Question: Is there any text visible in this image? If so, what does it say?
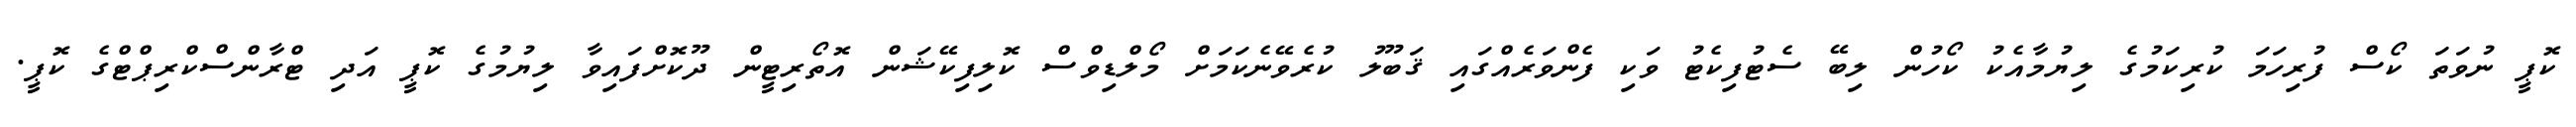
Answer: ކޮޕީ ނުވަތަ ކޯސް ފުރިހަމަ ކުރިކަމުގެ ލިޔުމާއެކު ކޯހުން ލިބޭ ސެޓުފިކެޓު ވަކި ފެންވަރެއްގައި ޤަބޫލު ކުރެވޭނެކަމަށް މޯލްޑިވްސް ކޮލިފިކޭޝަން އޮތޯރިޓީން ދޫކޮށްފައިވާ ލިޔުމުގެ ކޮޕީ އަދި ޓްރާންސްކްރިޕްޓްގެ ކޮޕީ.